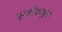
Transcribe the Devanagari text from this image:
स्पर्शकयुक्त